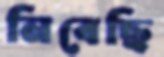
নিবেছি